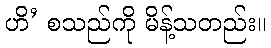
ဟိ’ စသည်ကို မိန့်သတည်း။